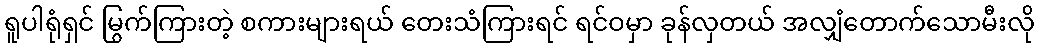
ရူပါရုံရှင် မြွက်ကြားတဲ့ စကားများရယ် တေးသံကြားရင် ရင်ဝမှာ ခုန်လှတယ် အလျှံတောက်သောမီးလို